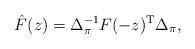
LaTeX: \begin{align*}\hat{F}(z) = \Delta_\pi^{-1}F(-z)^{\rm T}\Delta_\pi, \end{align*}